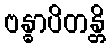
ဗန္ဓာပိတန္တိ